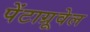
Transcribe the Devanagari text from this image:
पेंटाग्रूवेल